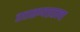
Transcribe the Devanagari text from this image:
हाताळण्याइतक्या